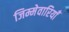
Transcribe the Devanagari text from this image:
जिम्मेवारियाँ